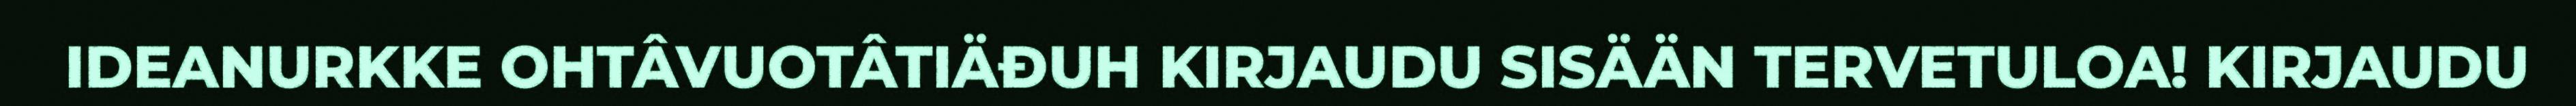
IDEANURKKE OHTÂVUOTÂTIÄĐUH KIRJAUDU SISÄÄN TERVETULOA! KIRJAUDU